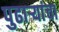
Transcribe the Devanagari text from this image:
पुढाऱ्यांचा